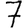
Digit: 7